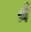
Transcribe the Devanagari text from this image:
ब्रँ